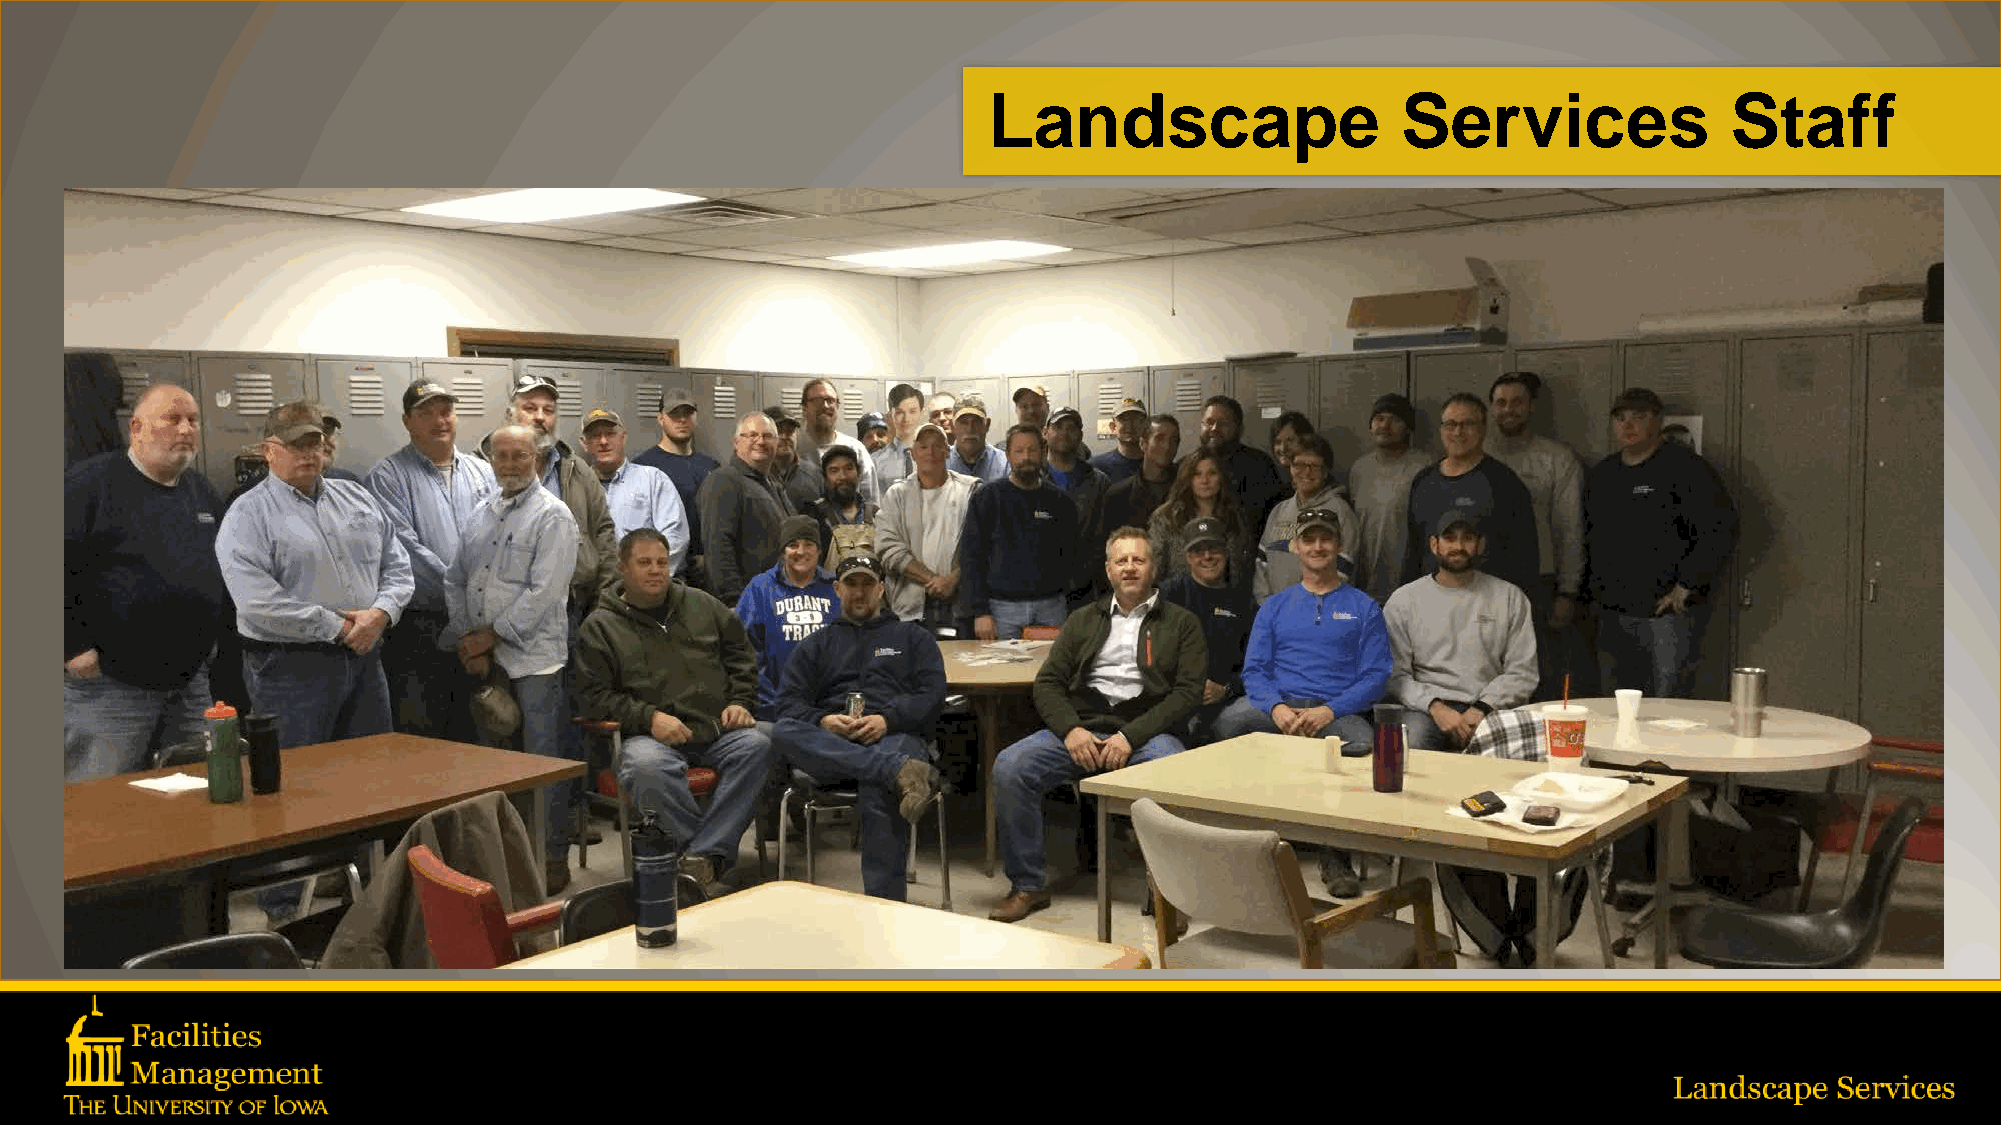
Landscape                   Services             Staff